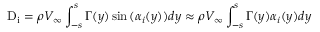
{ \mathrm { D } } _ { \mathrm { i } } = \rho V _ { \infty } \int _ { - s } ^ { s } \Gamma ( y ) \sin { ( \alpha _ { i } ( y ) ) } d y \approx \rho V _ { \infty } \int _ { - s } ^ { s } \Gamma ( y ) \alpha _ { i } ( y ) d y